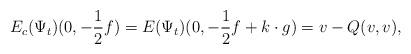
LaTeX: \begin{align*} E_c(\Psi_t)(0,-\frac{1}{2}f)=E(\Psi_t)(0,-\frac{1}{2}f+k\cdot g)=v-Q(v,v),\end{align*}